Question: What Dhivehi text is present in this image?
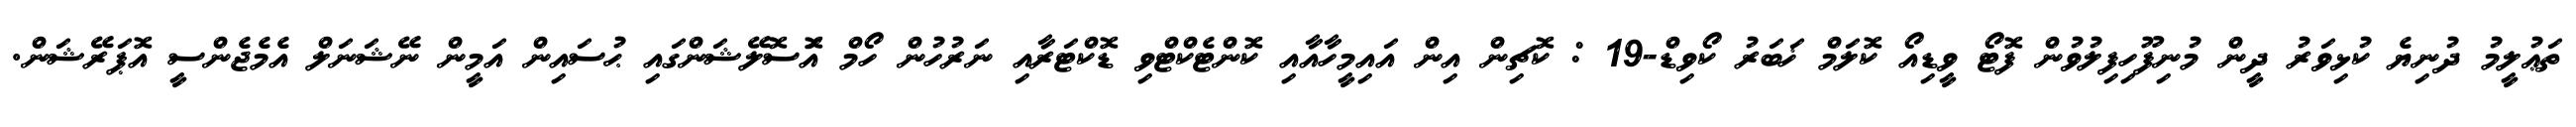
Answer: ތަޢުލީމު ދުނިޔެ ކުޅިވަރު ދީން މުނިފޫހިފިލުވުން ފޮޓޯ ވީޑިއޯ ކޮލަމް ޚަބަރު ކޯވިޑް-19 : ކޮޗިން އިން އައިމީހާއާއި ކޮންޓެކްޓްވި ޑޮކްޓަރާއި ނަރުހުން ހޯމް އަޮސޮލޭޝަންގައި ޙުސައިން އަމީން ނޭޝަނަލް އެމެޖެންސީ އޮޕަރޭޝަން.